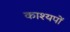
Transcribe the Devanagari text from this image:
काश्यपों